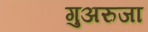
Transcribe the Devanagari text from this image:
गुअरुजा